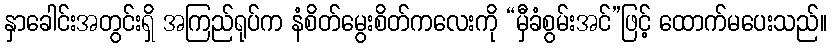
နှာခေါင်းအတွင်းရှိ အကြည်ရုပ်က နံစိတ်မွေးစိတ်ကလေးကို “မှီခံစွမ်းအင်”ဖြင့် ထောက်မပေးသည်။